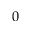
0 ^ { \circ }